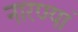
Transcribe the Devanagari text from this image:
नारण्यां